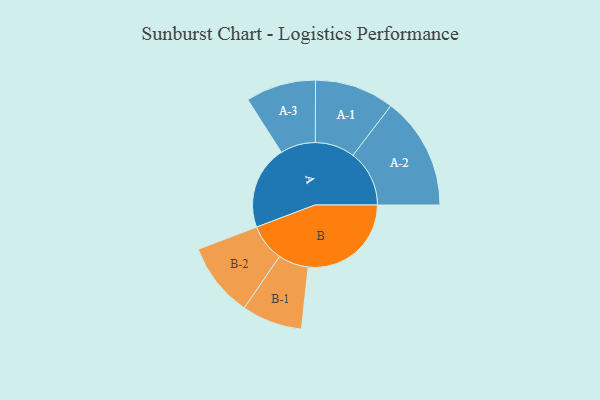
{"axis": {"x": "Segment", "y": "Value"}, "legend": ["", "A", "B"], "data": [{"x": "A", "y": 398, "type": ""}, {"x": "B", "y": 490, "type": ""}, {"x": "A-1", "y": 189, "type": "A"}, {"x": "A-2", "y": 268, "type": "A"}, {"x": "A-3", "y": 167, "type": "A"}, {"x": "B-1", "y": 144, "type": "B"}, {"x": "B-2", "y": 177, "type": "B"}]}